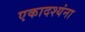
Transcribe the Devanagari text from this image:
एकादश्यंना